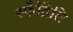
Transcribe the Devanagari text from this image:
स्फॉँद्रेति